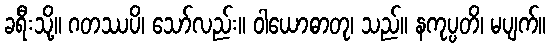
ခရီးသို့။ ဂတဿပိ၊ သော်လည်း။ ဝါယောဓာတု၊ သည်။ နကုပ္ပတိ၊ မပျက်။